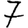
Digit: 7